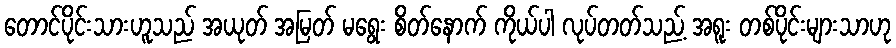
တောင်ပိုင်းသားဟူသည် အယုတ် အမြတ် မရွေး စိတ်နောက် ကိုယ်ပါ လုပ်တတ်သည့် အရူး တစ်ပိုင်းများသာဟု